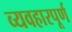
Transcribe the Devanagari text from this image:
व्यवहारपूर्ण